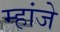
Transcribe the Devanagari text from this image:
म्हांजे